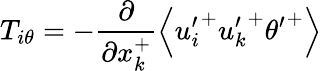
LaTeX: T_{i\theta}=-\frac{\partial}{\partial x_{k}^{+}}\left<{u_{i}^{\prime}}^{+}{u_{k}^{\prime}}^{+}{\theta^{\prime}}^{+}\right>